Indian journal of veterinary science and animal husbandry - Volume 4,
Year: 1934
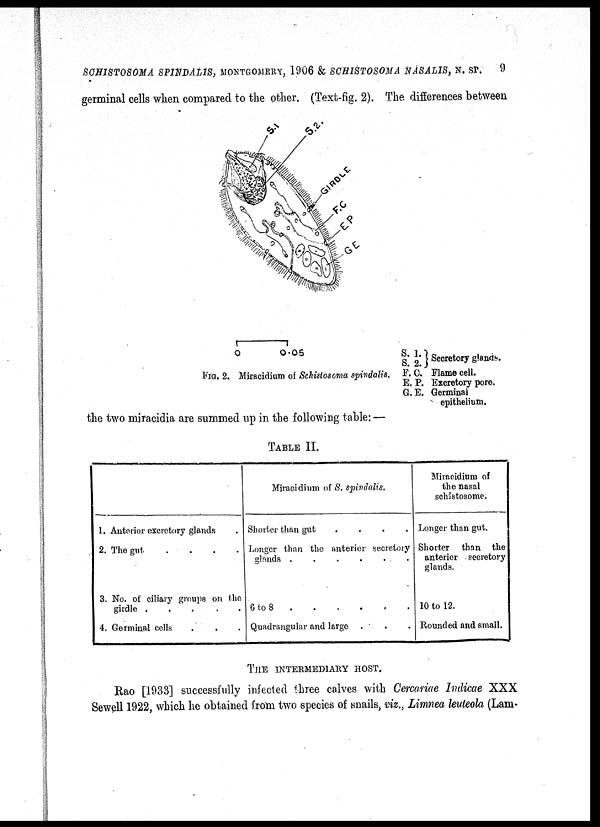
SCHISTOSOMA SPINDALIS, MONTGOMERY, 1906 & SCHISTOSOMA NASAL1S, N. SP. 9
germinal cells when compared to the other. (Text-fig. 2). The. differences between
FIG. 2. Miracidium of Schistosoma spindalis.
S 1. } Secretory glands.
S. 2.
F. O. Flame cell.
E. P. Excretory pore.
G. E. Germinal
epithelium.
the two miracidia are summed up in the following table: —
TABLE II.
1. Anterior excretory glands .
2. The gut
.
.
.
.
3. No. of ciliary groups on the
girdle .
.
.
.
.
4. Germinal cells . . .
Miracidium of S. spindalis.
Shorter than gut
.
.
.
.
Longer than the anterior secretory
glands .
.
.
.
.
. .
6 to 8
. . . . . .
Quadrangular and large . . .
Miracidium of
the nasal
schistosome.
Longer than gut.
Shorter than the
anterior secretory
glands.
10 to 12.
Rounded and small.
THE INTERMEDIARY HOST.
Rao [1933] successfully infected three calves with Cercariae Indicae XXX
Sewell 1922, which be obtained from two species of snails, viz., Limnea leuteola (Lam-